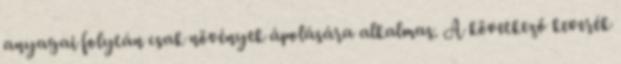
anyagai folytán csak növények ápolására alkalmas. A következő keverék